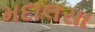
મદાલસા